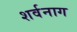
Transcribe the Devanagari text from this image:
शर्वनाग